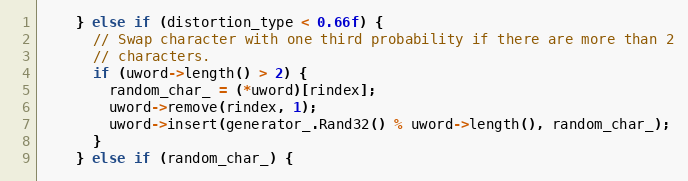
Language: C++
    } else if (distortion_type < 0.66f) {
      // Swap character with one third probability if there are more than 2
      // characters.
      if (uword->length() > 2) {
        random_char_ = (*uword)[rindex];
        uword->remove(rindex, 1);
        uword->insert(generator_.Rand32() % uword->length(), random_char_);
      }
    } else if (random_char_) {